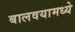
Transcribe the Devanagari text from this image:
बालवयामध्ये